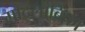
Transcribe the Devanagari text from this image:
मादलांबिका